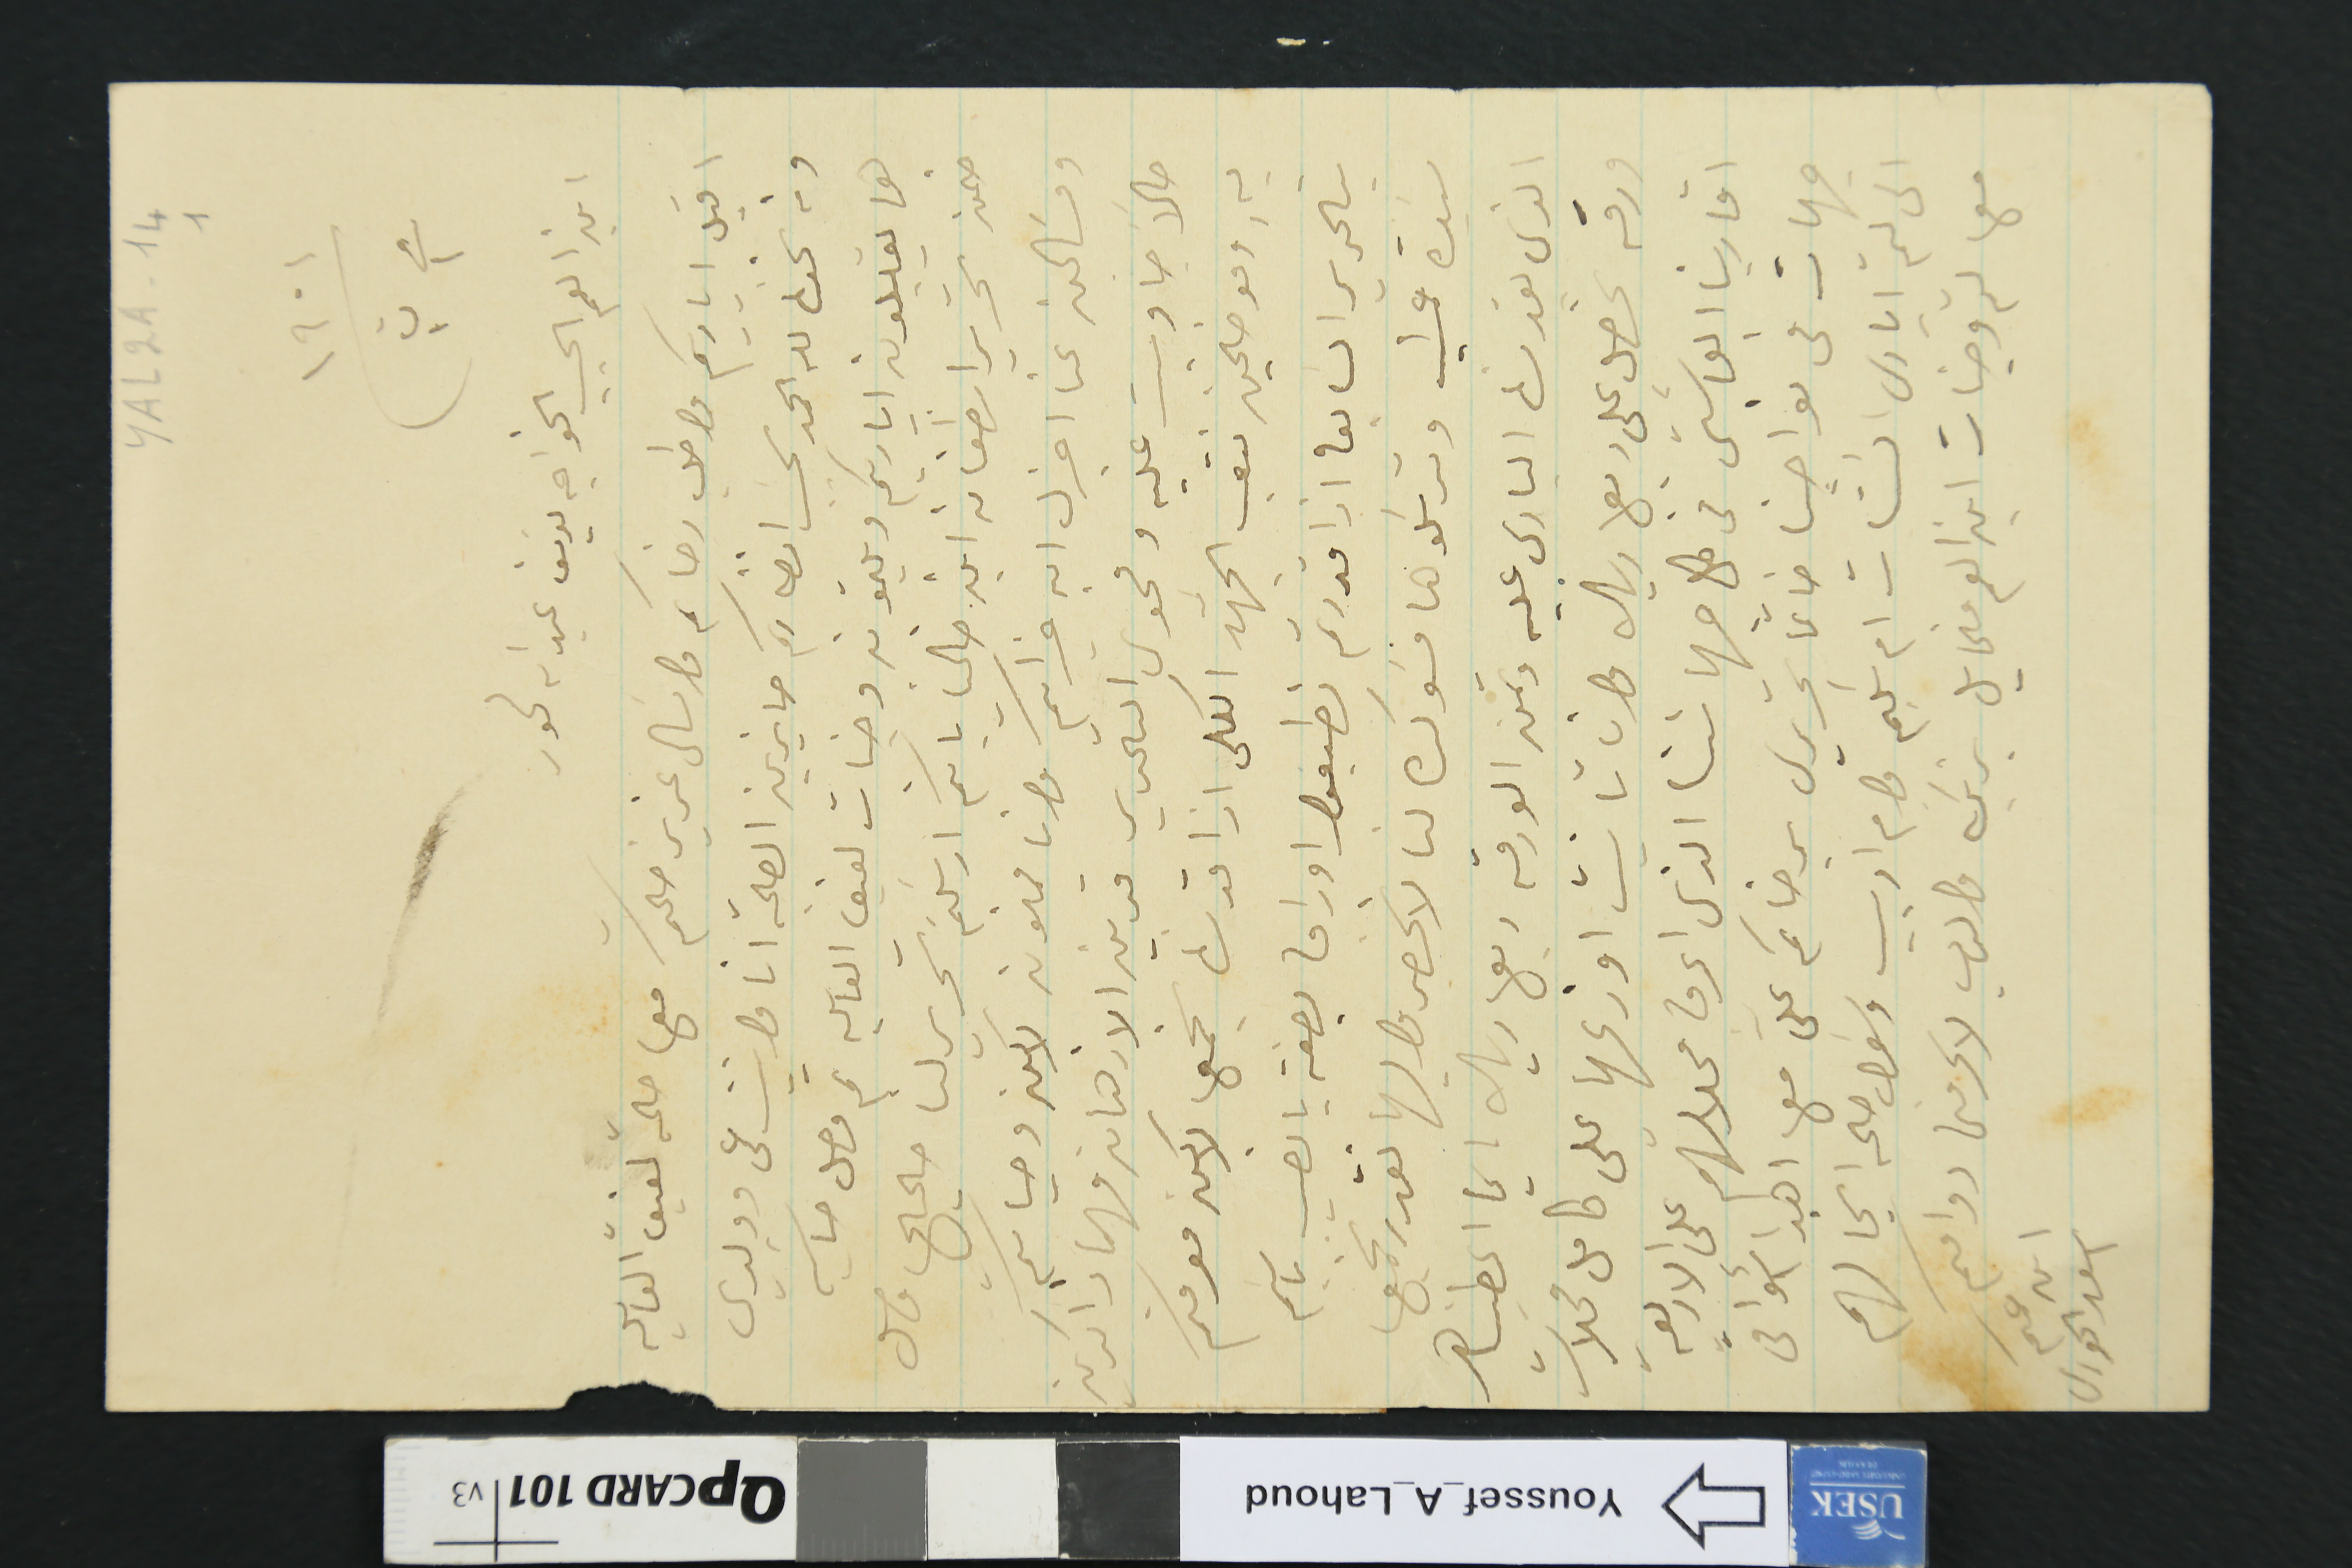
YAL2A-14 1
١٩٠١
فى ١ ت١
ابن العم الحبيب الخواجه يوسَف عبدالله لحود
اقبل اياديكم واطلب رضاكم واسال عزيز صحتكم مع حالة لفيف العايله
ومن نحن لله الحمد بحسب انظاركم حايزين الصحة انا وابنت عمى وولدي
هما يقبلون اياديكم ويلثمون وجنات لفيف العايله ثم وصل حساب
ضمن  تحرير اسطفان ابن خالنا بانكم ارسلتم تحرير لنا صحيح واصل
ومسَالين عنا اخبرك ان غيراتكم وانا ممنون لاكن وحياكم
حالاً جاوبت عليه وفحوى التحرير قرين الازهان فهما ذاكرين
بهِ وموضحين نتعب الجهد الكلى اذا قدرنا نجمعها لاكن معرفتكم
بتحرير السابق اذا قدرتم تطبعوا اوراق بصفة يانصيب باسم
سيدة عمشيت وترسلوها مسَوكره لنا لا تنحصروا بها نقدر نجمع
الذي يقدرنا البارى عليه وتمن الورقة ربع ريال ايما اعطيناه
ورقه نحصل على ربع ريال وان تانيت اوزعها على كامل محلات
اقاربنا العماشتى في كل جهاتنا الذى اعرف محلاتهم على الاربعة
جهات فى نواحينا خاتماً تحريرى برضاكم على معها اهدا أشواقى
الى لثم ايادى السَتات ام سَليم وام اديب وسَوال صحة انجالهم
معها لثم وجنات ابن العم مخايل يزريك والرب لا يحرمنى دوامكم
ابن عمكم
اسعد الخورى